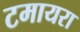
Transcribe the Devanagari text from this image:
टमायरा